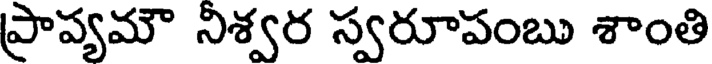
ప్రాప్యమౌ నిశ్వర స్వరూపంబు శాంతి